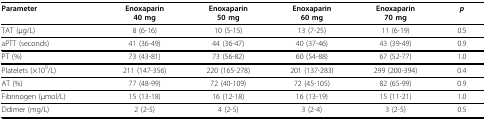
<table><thead><tr><td><b>Parameter</b></td><td><b>Enoxaparin40 mg</b></td><td><b>Enoxaparin50 mg</b></td><td><b>Enoxaparin60 mg</b></td><td><b>Enoxaparin70 mg</b></td><td><b><i>p</i></b></td></tr></thead><tbody><tr><td>TAT (μg/L)</td><td>8 (6-16)</td><td>10 (5-15)</td><td>13 (7-25)</td><td>11 (6-19)</td><td>0.5</td></tr><tr><td>aPTT (seconds)</td><td>41 (36-49)</td><td>44 (36-47)</td><td>40 (37-46)</td><td>43 (39-49)</td><td>0.9</td></tr><tr><td>PT (%)</td><td>73 (43-81)</td><td>73 (56-82)</td><td>60 (54-88)</td><td>67 (52-77)</td><td>1.0</td></tr><tr><td>Platelets (×10<sup>9</sup>/L)</td><td>211 (147-356)</td><td>220 (165-278)</td><td>201 (137-283)</td><td>299 (200-394)</td><td>0.4</td></tr><tr><td>AT (%)</td><td>77 (48-99)</td><td>72 (40-109)</td><td>72 (45-105)</td><td>82 (65-99)</td><td>0.9</td></tr><tr><td>Fibrinogen (μmol/L)</td><td>15 (13-18)</td><td>16 (12-18)</td><td>16 (13-19)</td><td>15 (11-21)</td><td>1.0</td></tr><tr><td>Ddimer (mg/L)</td><td>2 (2-5)</td><td>4 (2-5)</td><td>3 (2-4)</td><td>3 (2-5)</td><td>0.5</td></tr></tbody></table>